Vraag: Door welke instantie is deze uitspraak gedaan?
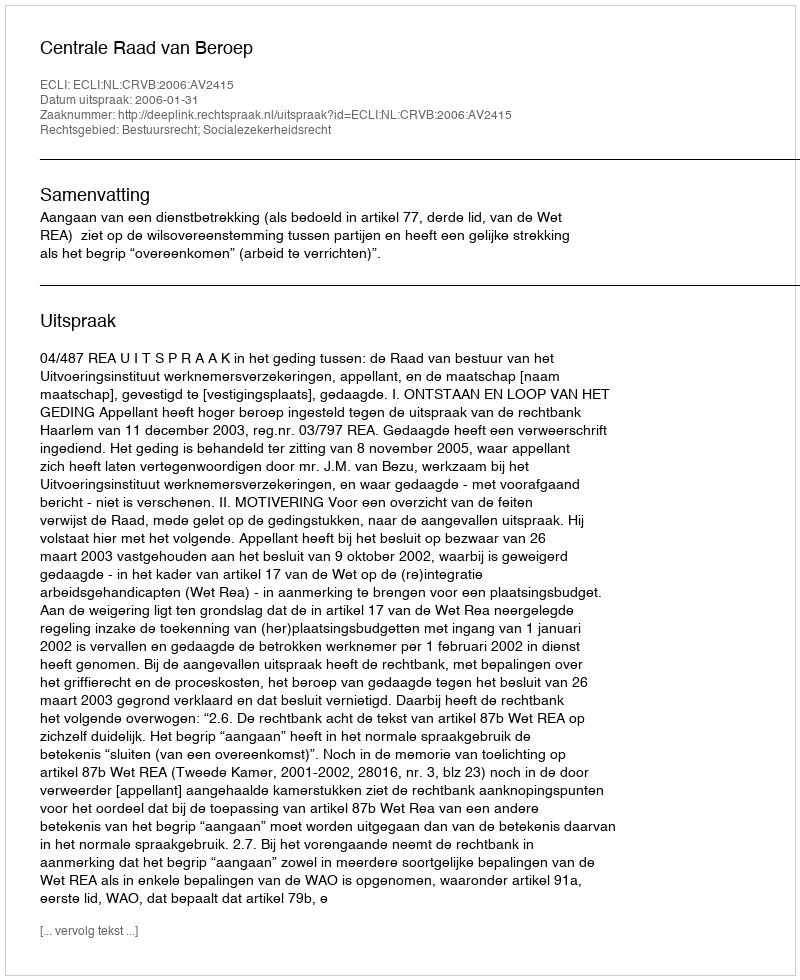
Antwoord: Centrale Raad van Beroep